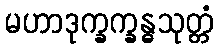
မဟာဒုက္ခက္ခန္ဓသုတ္တံ